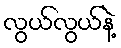
လွယ်လွယ်နဲ့